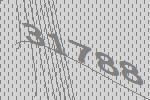
31788